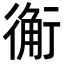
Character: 䚘